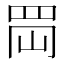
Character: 𦊤